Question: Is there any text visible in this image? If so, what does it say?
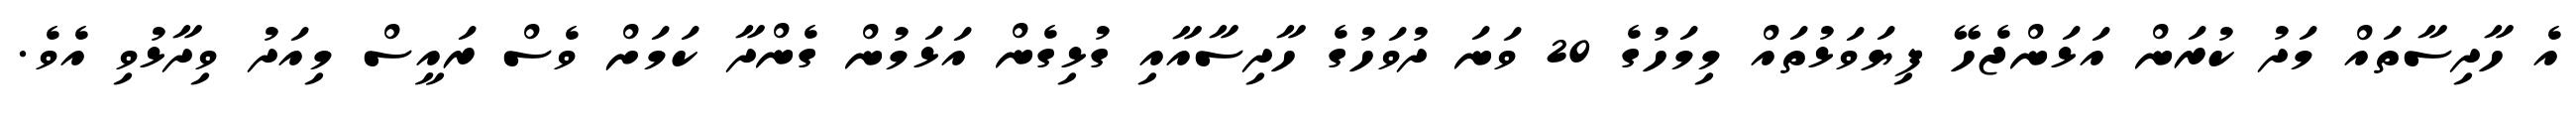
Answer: އެ ހާދިސާތައް މަދު ކުރަން އަޅަންޖެހޭ ފިޔަވަޅުތައް މިމަހުގެ 20 ވަނަ ދުވަހުގެ ހާދިސާއާއި ގުޅިގެން އަޅަމުން ގެންދާ ކަމަށް ވެސް ރައީސް މިއަދު ވިދާޅުވި އެވެ.